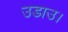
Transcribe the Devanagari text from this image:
उडाउ।